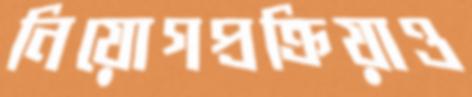
নিয়োগপ্রক্রিয়াও